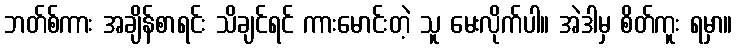
ဘတ်စ်ကား အချိန်စာရင်း သိချင်ရင် ကားမောင်းတဲ့ သူ မေးလိုက်ပါ။ အဲဒါမှ စိတ်ကူး ရမှာ။